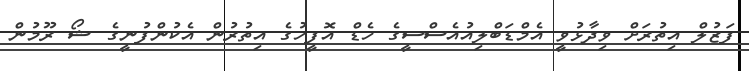
ފަޒުލް އިތުރަށް ވިދާޅުވީ އެމްޑަބްލިއުއެސްސީގެ ހެޑް އޮފީހުގެ އިތުރުން އެކުންފުނީގެ ޝޯ ރޫމުން